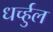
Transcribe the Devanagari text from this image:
धर्च्हुल